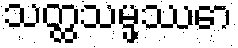
သတ္ထသမ္ဖဿော